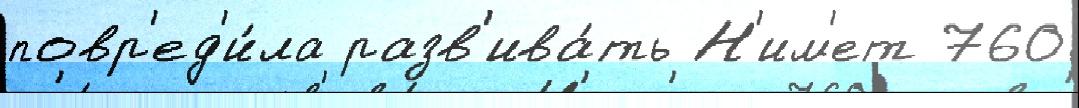
повр'ед'и́ла разв'ива́ть Н'им'ет 760